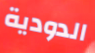
الدودية